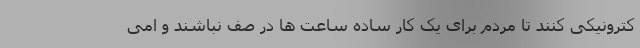
کترونیکی کنند تا مردم برای یک کار ساده ساعت ها در صف نباشند و امی